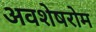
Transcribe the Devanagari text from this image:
अवशेषरोम